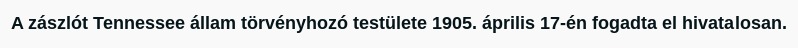
A zászlót Tennessee állam törvényhozó testülete 1905. április 17-én fogadta el hivatalosan.